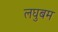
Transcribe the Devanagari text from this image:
लघुबम